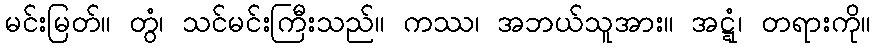
မင်းမြတ်။ တွံ၊ သင်မင်းကြီးသည်။ ကဿ၊ အဘယ်သူအား။ အဋ္ဋံ၊ တရားကို။